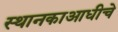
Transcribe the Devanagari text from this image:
स्थानकाआधीचे